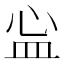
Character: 𬐘